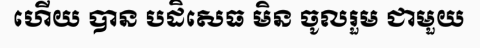
ហើយ បាន បដិសេធ មិន ចូលរួម ជាមួយ